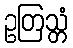
ဥတြသ္တံ